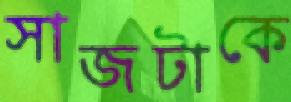
সাজটাকে